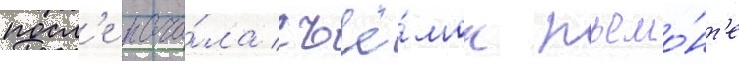
посл'е нача́ла съё́мок пьемо́нт'е